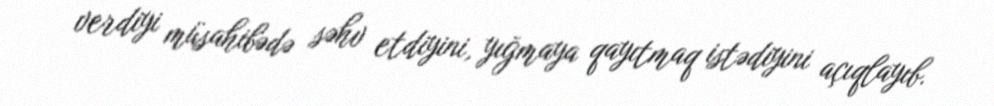
verdiyi müsahibədə səhv etdiyini, yığmaya qayıtmaq istədiyini açıqlayıb.